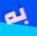
به